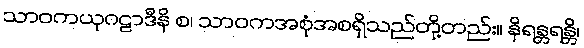
သာဝကယုဂဠာဒီနိ စ၊ သာဝကအစုံအစရှိသည်တို့တည်း။ နိရန္တရန္တိ၊